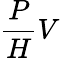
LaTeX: \frac{P}{H}V